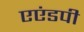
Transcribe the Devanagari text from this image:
एएंडपी